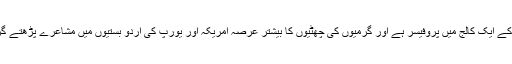
وہ لاہور کے ایک کالج میں پروفیسر ہے اور گرمیوں کی چھٹیوں کا بیشتر عرصہ امریکہ اور یورپ کی اردو بستیوں میں مشاعرے پڑھتے گزارتا ہے۔